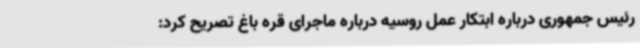
رئیس جمهوری درباره ابتکار عمل روسیه درباره ماجرای قره باغ تصریح کرد: